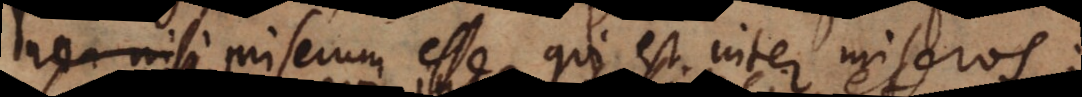
Non nisi miserum esse qui inter miseros;